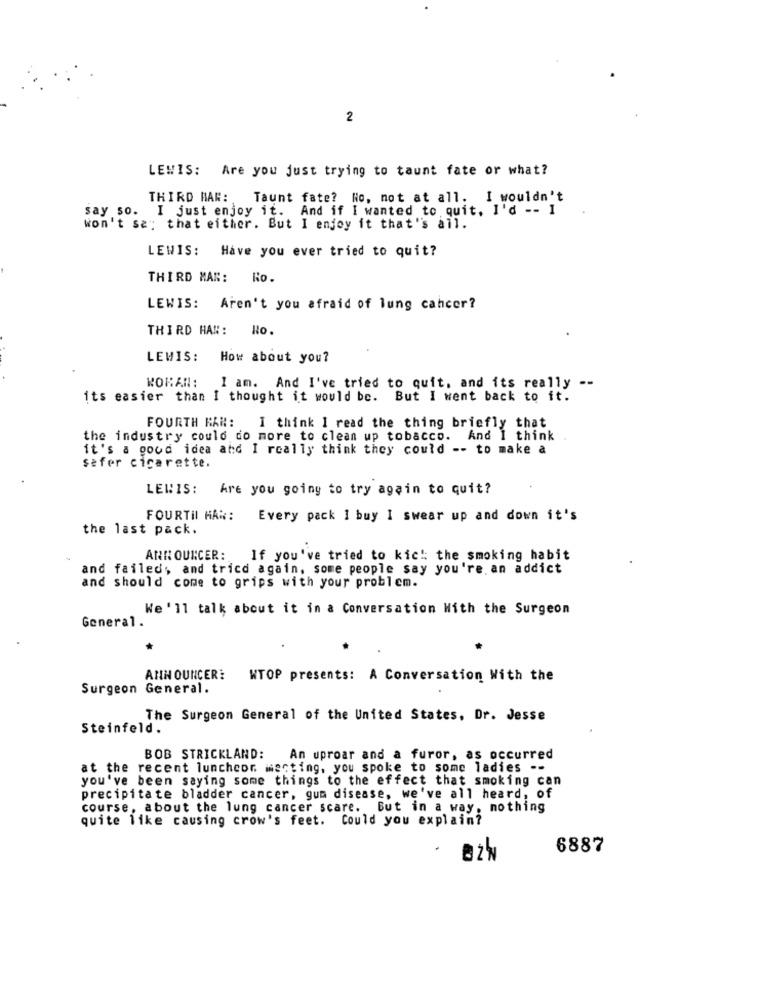
2
LEWIS: Are you just trying to taunt fate or what?
THIRD HAR:
Taunt fate? No, not at all. I wouldn't
say so. I just enjoy it. And if I wanted to quit, I'd -- 1
won't say that either. But I enjoy it that's all.
LEWIS: Have you ever tried to quit?
THIRD MAN: Ro.
LEWIS: Aren't you afraid of lung cancer?
THIRD HAN:
Ho.
LEWIS: How about you?
WOMAN: I am. And I've tried to quit, and its really --
its easier than I thought it would be. But I went back to it.
FOURTH KAN: I think I read the thing briefly that
the industry could do more to clean up tobacco. And I think
it's a good idea and I really think they could -- to make a
sefer cicarette.
LEWIS:
Are you going to try again to quit?
FOURTIL HAR:
Every pack I buy I swear up and down it's
the last pack.
ANNOUNCER:
If you've tried to kic !: the smoking habit
and failed, and tricd again, some people say you're. an addict
and should come to grips with your problem.
We ' ll talk about it in a Conversation With the Surgeon
General.
ANNOUNCER: WTOP presents: A Conversation With the
Surgeon General.
The Surgeon General of the United States, Dr. Jesse
Steinfeld.
BOB STRICKLAND: An uproar and a furor, as occurred
at the recent lunchcor macting, you spoke to some ladies --
you've been saying some things to the effect that smoking can
precipitate bladder cancer, gum disease, we've all heard, of
course, about the lung cancer scare. But in a way, nothing
quite like causing crow's feet. Could you explain?
6887